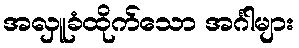
အလှူခံထိုက်သော အင်္ဂါများ